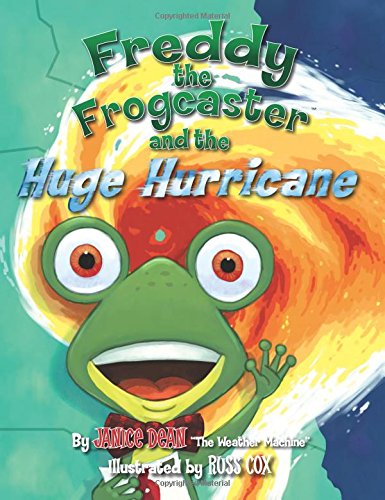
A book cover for Freddy the Frogcaster and the Huge Hurricane; Janice Dean; Children's Books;